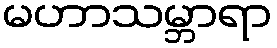
မဟာသမ္ဘာရာ